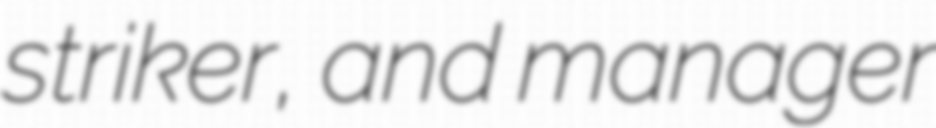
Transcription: striker, and manager